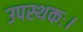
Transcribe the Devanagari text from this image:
उपस्थकः।